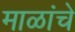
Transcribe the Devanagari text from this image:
माळांचे